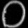
Digit: ၀